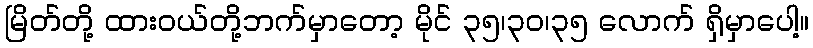
မြိတ်တို့ ထားဝယ်တို့ဘက်မှာတော့ မိုင် ၃၅၊၃၀၊၃၅ လောက် ရှိမှာပေါ့။